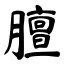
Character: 膻